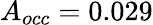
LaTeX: A_{occ}=0.029